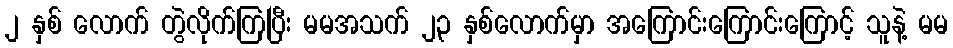
၂ နှစ် လောက် တွဲလိုက်ကြပြီး မမအသက် ၂၃ နှစ်လောက်မှာ အကြောင်းကြောင်းကြောင့် သူနဲ့ မမ